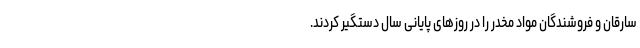
سارقان و فروشندگان مواد مخدر را در روزهای پایانی سال دستگیر کردند.